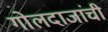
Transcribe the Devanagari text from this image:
गोलदाजांची